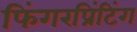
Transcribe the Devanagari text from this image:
फिंगरप्रिंटिंग